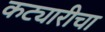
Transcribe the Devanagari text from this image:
कट्यारीचा